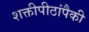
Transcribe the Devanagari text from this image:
शक्तीपीठांपैकी